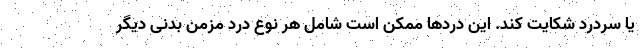
یا سردرد شکایت کند. این دردها ممکن است شامل هر نوع درد مزمن بدنی دیگر